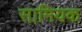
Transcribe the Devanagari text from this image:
सामियक